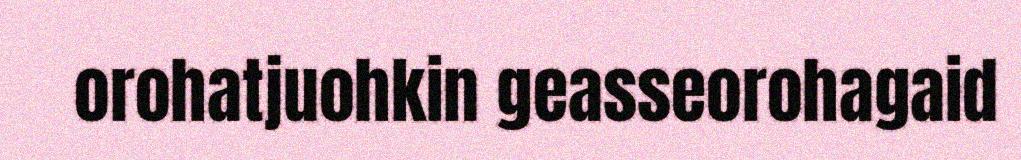
orohatjuohkin geasseorohagaid